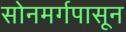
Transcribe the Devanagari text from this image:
सोनमर्गपासून